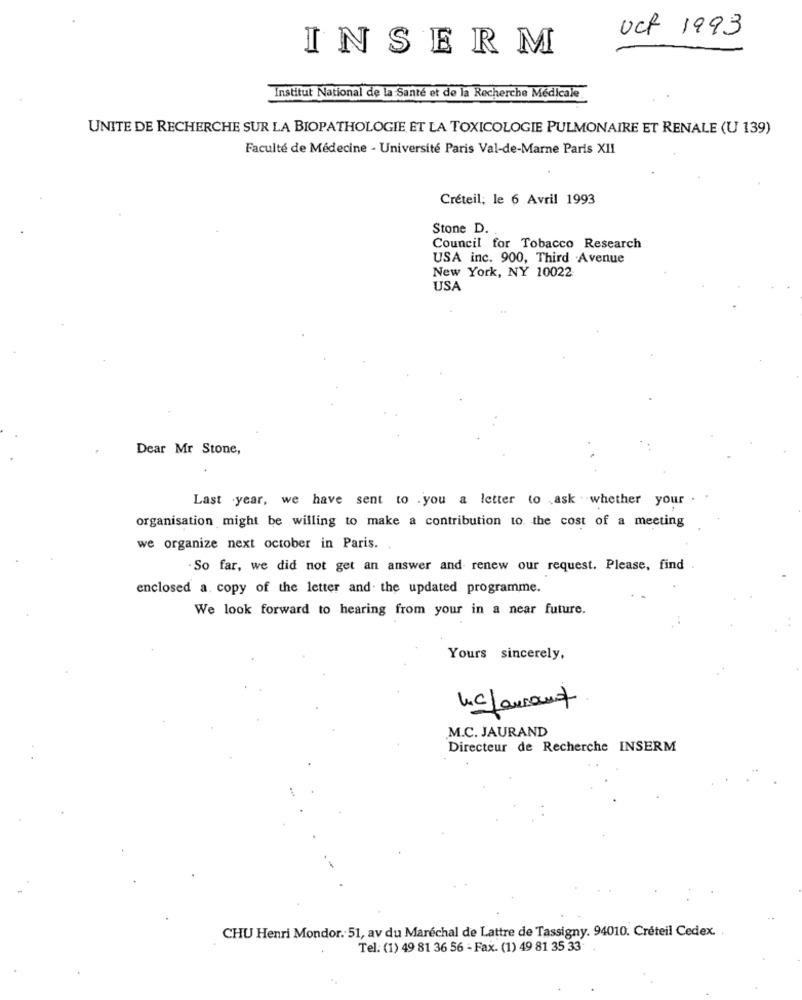
oct 1993
INSERM
Institut National de la Santé et de la Recherche Medicale
UNITE DE RECHERCHE SUR LA BIOPATHOLOGIE ET LA TOXICOLOGIE PULMONAIRE ET RENALE (U 139)
Faculté de Médecine - Université Paris Val-de-Marne Paris XII
Créteil, le 6 Avril 1993
Stone D.
Council for Tobacco Research
USA inc. 900, Third Avenue
New York, NY 10022
USA
Dear Mr Stone,
Last year, we have sent to .you a letter to ask .whether your .
organisation might be willing to make a contribution to. the cost of a meeting
we organize next october in Paris.
So far, we did not get an answer and renew our request. Please, find
enclosed a copy of the letter and the updated programme.
We look forward to hearing from your in a near future.
Yours sincerely,
lucLaurent
.M.C. JAURAND
Directeur de Recherche INSERM
CHU Henri Mondor. 51, av du Maréchal de Lattre de Tassigny. 94010. Créteil Cedex ..
Tel. (1) 49 81 36 56 - Fax. (1) 49 81 35 33.